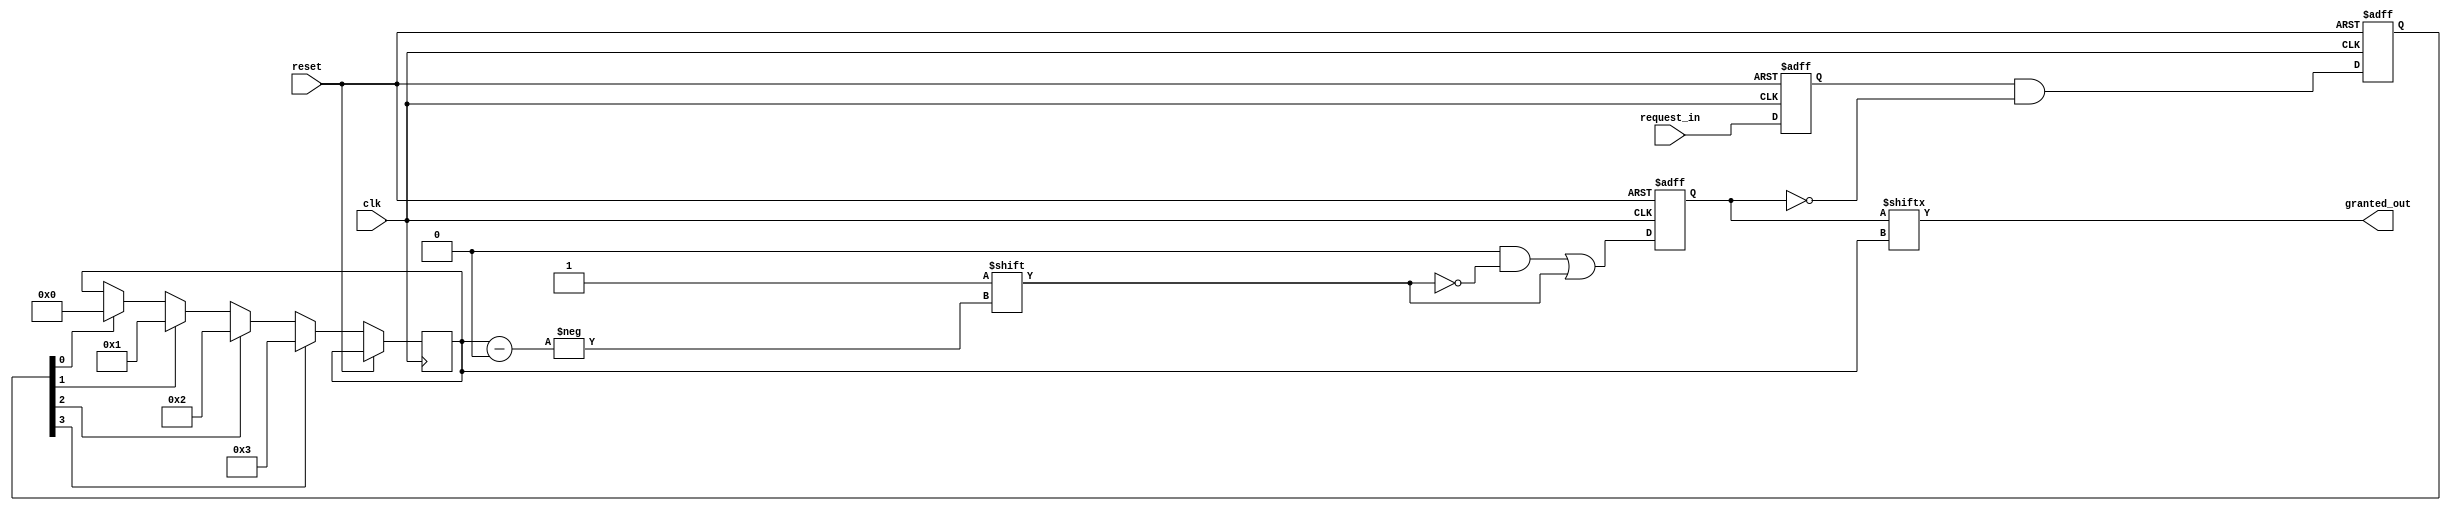
module arbiter (
    input wire clk,
    input wire reset,
    input wire [N-1:0] request_in,
    output wire granted_out
);

parameter N = 4; // Number of request lines

reg [N-1:0] request_reg;
reg [N-1:0] priority;
reg [N-1:0] grant;
integer i, winner;

always @(posedge clk or posedge reset) begin
    if (reset) begin
        request_reg <= 0;
        priority <= 0;
        grant <= 0;
    end else begin
        request_reg <= request_in;
        priority <= request_reg & ~grant; // prioritize requests not yet granted
        for (i = 0; i < N; i = i + 1) begin
            if (priority[i]) begin
                winner <= i; // choose the highest priority request
            end
        end
        grant <= 0;
        grant[winner] <= 1; // grant access to the highest priority request
    end
end

assign granted_out = grant[winner];

endmodule